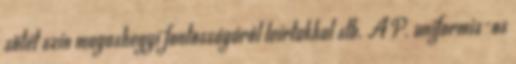
sötét szín magashegyi fontosságáról leírtakkal stb. A P. uniformis-os